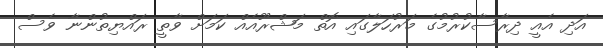
އަދި އެއީ ދިރާސާކުރުމުގެ މަރުހަލާގައި އޮތް މަޝްރޫއެއް ކަމަށް ވާތީ ރައްޔިތުންނާ ވެސް